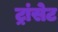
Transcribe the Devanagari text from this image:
ट्रांसेट